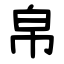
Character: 帛